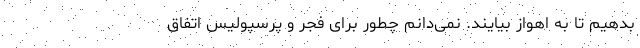
بدهیم تا به اهواز بیایند. نمی‌دانم چطور برای فجر و پرسپولیس اتفاق